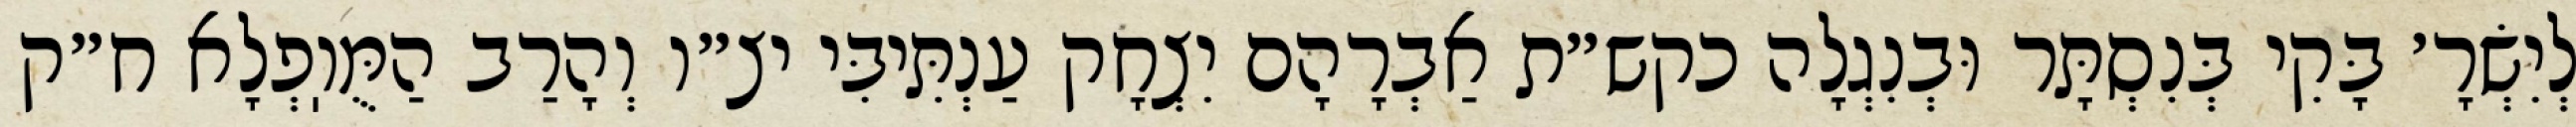
לְיִשְׂרָ׳ בָּקִי בְּנִסְתָּר וּבְנִגְלָה כקש״ת אַבְרָהָם יִצְחָק עַנְתִּיבִּי יצ״ו וְהָרַב הַמֻּוֽפְלָא ח״ק